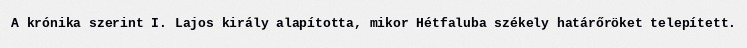
A krónika szerint I. Lajos király alapította, mikor Hétfaluba székely határőröket telepített.